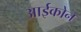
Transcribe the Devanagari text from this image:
आईकोन